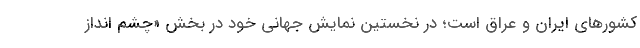
کشورهای ایران و عراق است؛ در نخستين نمايش جهانى خود در بخش «چشم انداز